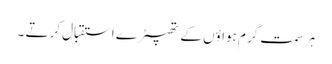
ہر سمت گرم ہواؤں کے تھپیڑے استقبال کرتے ۔